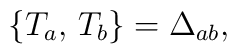
\bigl\{T_a,\,T_b\bigr\}=\Delta_{ab},